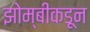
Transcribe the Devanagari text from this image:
झोम्बींकडून